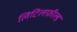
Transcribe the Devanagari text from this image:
लिटिलफ़ील्ड